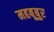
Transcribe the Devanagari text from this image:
महबूबुर